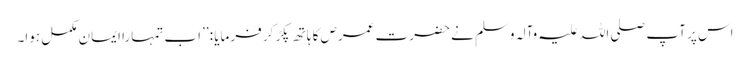
اس پر آپ صلی اللہ علیہ وآلہ وسلم نے حضرت عمرص کا ہاتھ پکڑ کر فرمایا : ’’اب تمہارا ایمان مکمل ہوا۔